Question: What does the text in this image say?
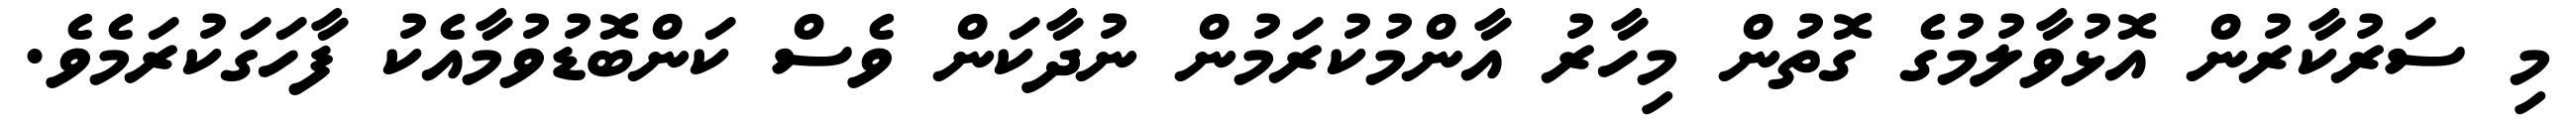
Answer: މި ސަރުކާރުން އޮޅުވާލުމުގެ ގޮތުން މިހާރު އާންމުކުރަމުން ނުދާކަން ވެސް ކަންބޮޑުވުމާއެކު ފާހަގަކުރަމެވެ.